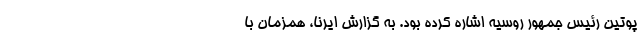
پوتین رئیس جمهور روسیه اشاره کرده بود. به گزارش ایرنا، همزمان با